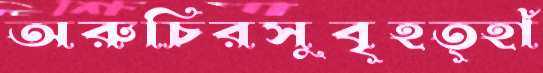
অরুচিরসুবৃহত্হাঁ